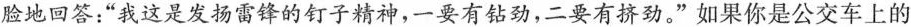
脸地回答：”我这是发扬雷锋的钉子精神，一要有钻劲，二要有挤劲。”如果你是公交车上的